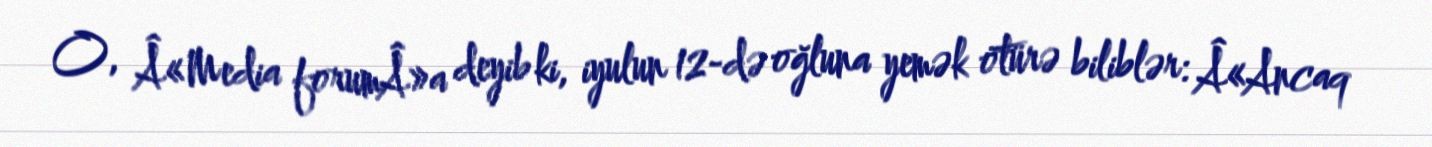
O, Â«Media forumÂ»a deyib ki, iyulun 12-də oğluna yemək ötürə biliblər: Â«Ancaq